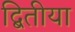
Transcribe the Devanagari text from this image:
द्बितीया